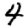
Digit: 4